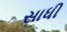
સાધી